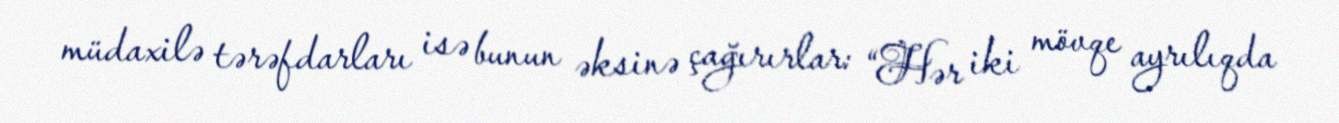
müdaxilə tərəfdarları isə bunun əksinə çağırırlar: “Hər iki mövqe ayrılıqda